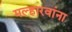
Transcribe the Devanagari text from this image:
मल्हारवांना